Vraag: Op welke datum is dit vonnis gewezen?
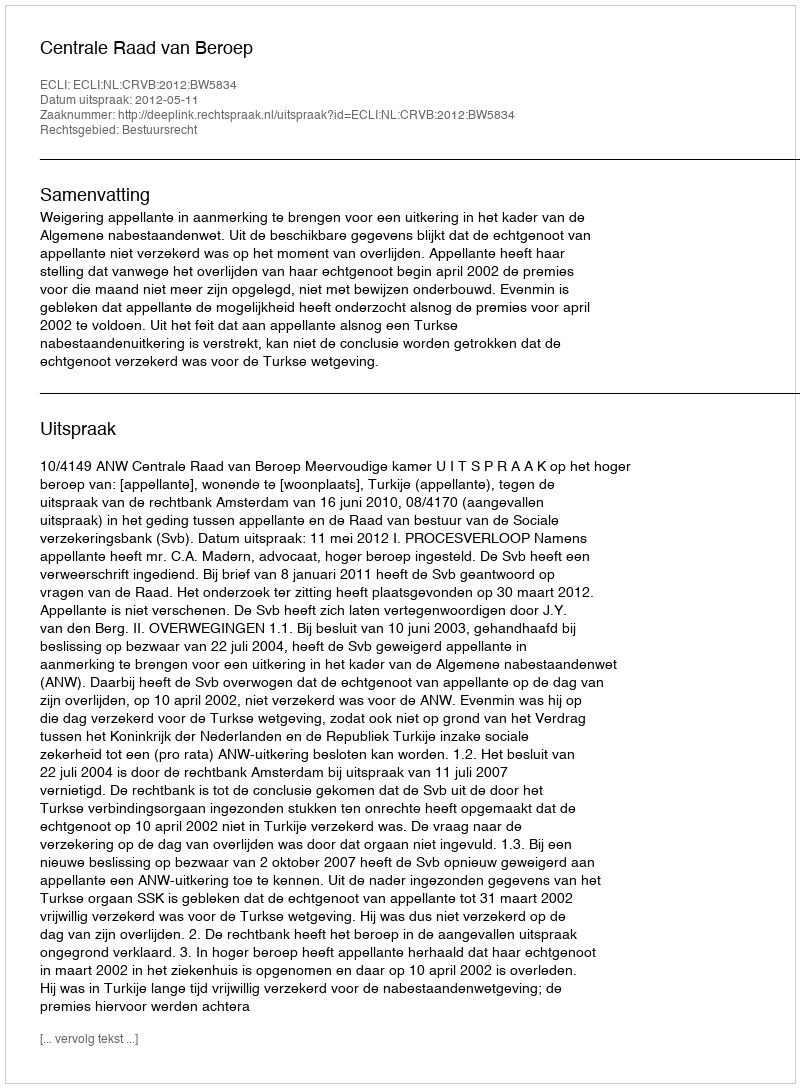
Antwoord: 2012-05-11